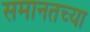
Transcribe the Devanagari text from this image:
समानतच्या